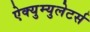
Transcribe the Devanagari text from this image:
ऐक्युम्युलेटर्स